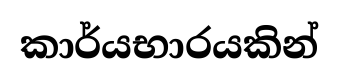
කාර්යභාරයකින්